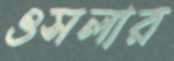
ওসলার